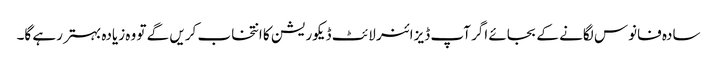
سادہ فانوس لگانے کے بجائے اگر آپ ڈیزائنر لائٹ ڈیکوریشن کا انتخاب کریں گے تو وہ زیادہ بہتر رہے گا۔